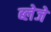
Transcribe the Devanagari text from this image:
ब्लेजे